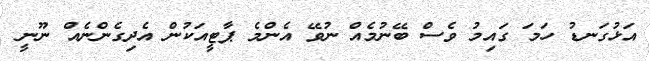
އަޅުގަނޑު ހަމަ ގައިމު ވެސް ބޭނުމެއް ނުވޭ އެންމެ ޕާޓީއަކުން އެދިގެންނެއް ނޫނީ